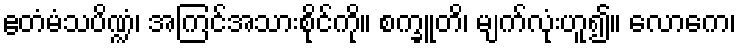
ဧတံမံသပိဏ္ဍံ၊ အကြင်အသားစိုင်ကို။ စက္ခူတိ၊ မျက်လုံးဟူ၍။ လောကေ၊